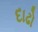
દાઢો